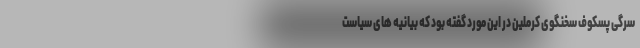
سرگی پسکوف سخنگوی کرملین در این مورد گفته بود که بیانیه های سیاست